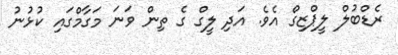
ރެޑްބުލް ލީޕްޒިގް އެވެ. އަދި ލީގް ގެ ތިން ވަނަ މަގާމްގައި ކުޅުނު